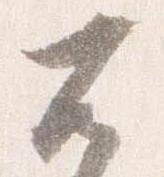
不